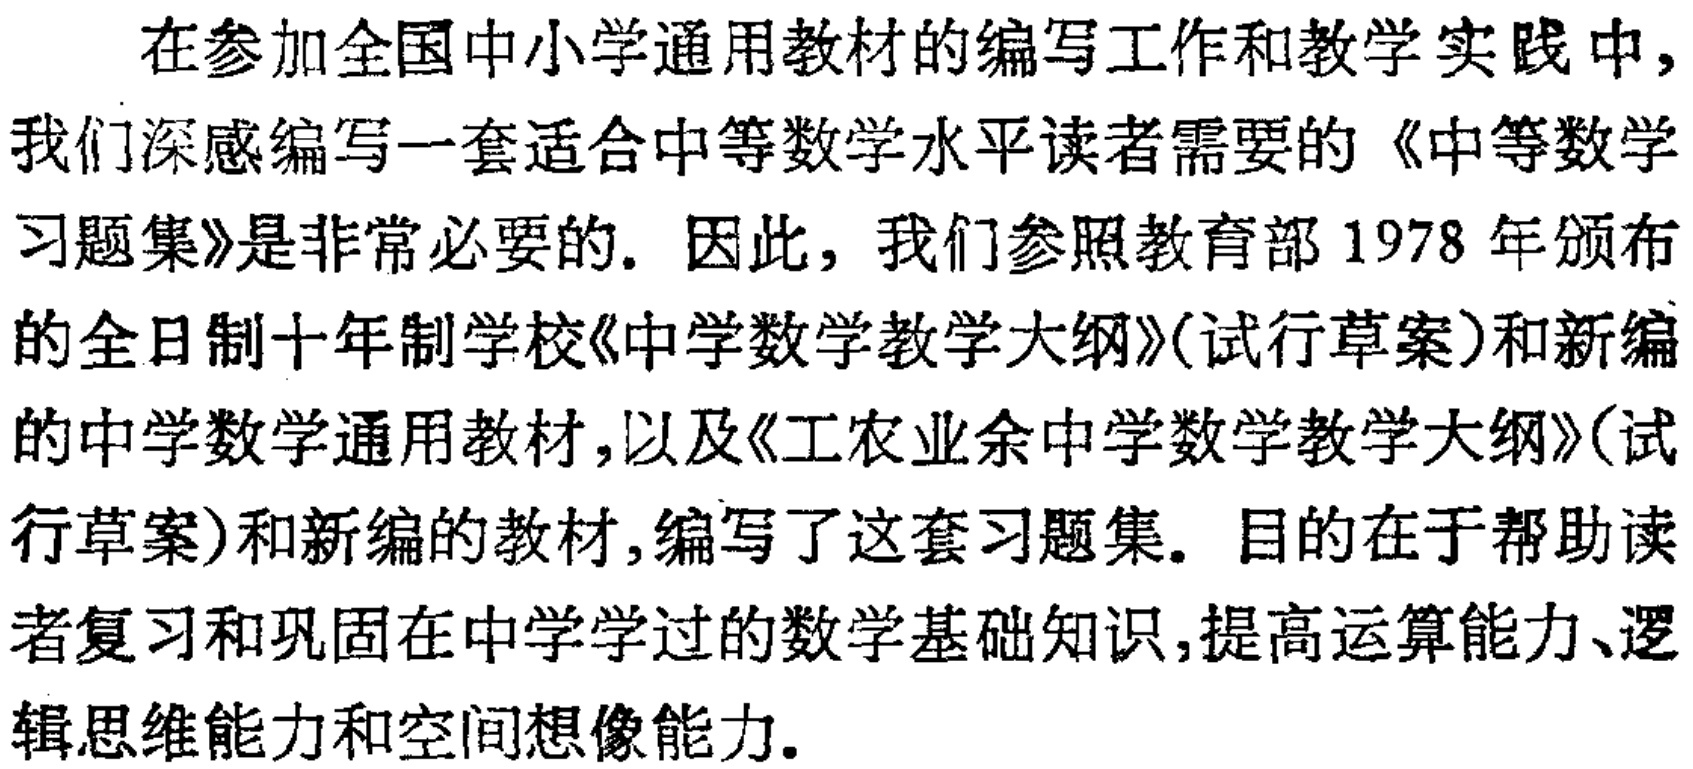
在参加全国中小学通用教材的编写工作和教学实践中,

我们深感编写一套适合中等数学水平读者需要的《中等数学

习题集》是非常必要的. 因此, 我们参照教育部 1978 年颁布

的全日制十年制学校《中学数学教学大纲》(试行草案)和新编

的中学数学通用教材,以及《工农业余中学数学教学大纲》(试

行草案)和新编的教材,编写了这套习题集. 目的在于帮助读

者复习和巩固在中学学过的数学基础知识,提高运算能力、逻

辑思维能力和空间想像能力.